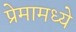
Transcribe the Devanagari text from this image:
प्रेमामध्ये